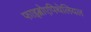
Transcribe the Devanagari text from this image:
फाइब्रोएपिथेलियल